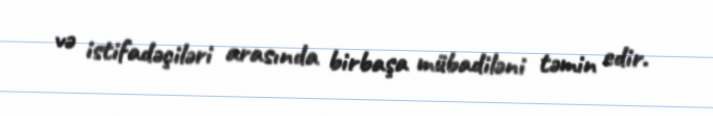
və istifadəçiləri arasında birbaşa mübadiləni təmin edir.